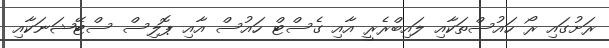
ރަށުގައި ރޯ ހައުސްތަކާއި ލައިބްރެރީ އާއި ގެސްޓް ހައުސް އާއި ޕޮލިސް ސްޓޭޝަނަކާއި